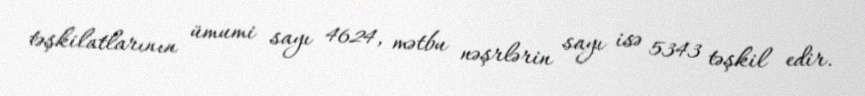
təşkilatlarının ümumi sayı 4624, mətbu nəşrlərin sayı isə 5343 təşkil edir.